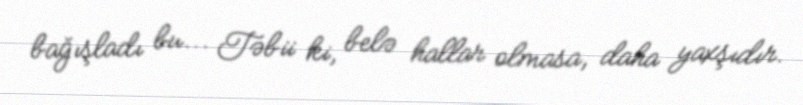
bağışladı bu... Təbii ki, belə hallar olmasa, daha yaxşıdır.